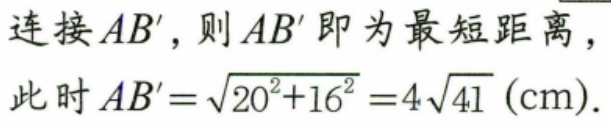
连接 \(AB'\)，则 \(AB'\) 即为最短距离，
此时 \(AB'=\sqrt{20^{2}+16^{2}} = 4\sqrt{41}\ (\text{cm})\).